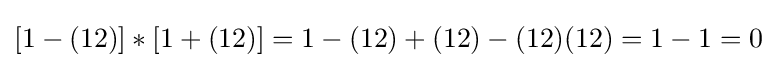
[1-(12)]*[1+(12)]=1-(12)+(12)-(12)(12)=1-1=0